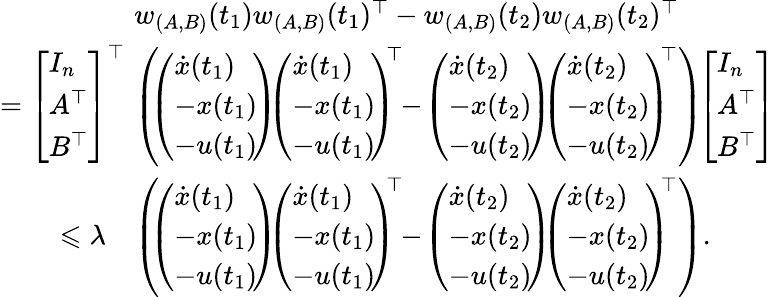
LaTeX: \begin{array}{rl}&{w_{(A,B)}(t_{1})w_{(A,B)}(t_{1})^{\top}-w_{(A,B)}(t_{2})w_{(A,B)}(t_{2})^{\top}}\\ {=\left[\begin{array}{l}{I_{n}}\\ {A^{\top}}\\ {B^{\top}}\end{array}\right]^{\top}\! \! \! \! }&{\left(\! \! \left(\begin{array}{l}{\dot{x}(t_{1})}\\ {-x(t_{1})\! }\\ {-u(t_{1})\! }\end{array}\right)\! \! \left(\begin{array}{l}{\dot{x}(t_{1})}\\ {-x(t_{1})\! }\\ {-u(t_{1})\! }\end{array}\right)^{\! \! \top}\! \! -\! \left(\begin{array}{l}{\dot{x}(t_{2})}\\ {-x(t_{2})\! }\\ {-u(t_{2})\! }\end{array}\right)\! \! \left(\begin{array}{l}{\dot{x}(t_{2})}\\ {-x(t_{2})\! }\\ {-u(t_{2})\! }\end{array}\right)^{\! \! \top}\right)\! \! \left[\begin{array}{l}{I_{n}}\\ {A^{\top}}\\ {B^{\top}}\end{array}\right]}\\ {\leqslant\lambda}&{\left(\! \! \left(\begin{array}{l}{\dot{x}(t_{1})}\\ {-x(t_{1})\! }\\ {-u(t_{1})\! }\end{array}\right)\! \! \left(\begin{array}{l}{\dot{x}(t_{1})}\\ {-x(t_{1})\! }\\ {-u(t_{1})\! }\end{array}\right)^{\! \! \top}\! \! -\! \left(\begin{array}{l}{\dot{x}(t_{2})}\\ {-x(t_{2})\! }\\ {-u(t_{2})\! }\end{array}\right)\! \! \left(\begin{array}{l}{\dot{x}(t_{2})}\\ {-x(t_{2})\! }\\ {-u(t_{2})\! }\end{array}\right)^{\! \! \top}\right).}\end{array}